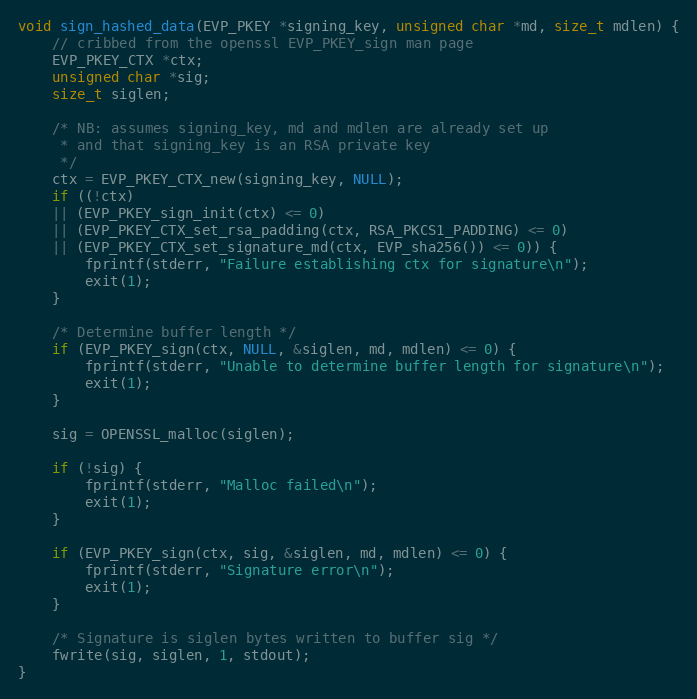
Language: C
void sign_hashed_data(EVP_PKEY *signing_key, unsigned char *md, size_t mdlen) {
	// cribbed from the openssl EVP_PKEY_sign man page
	EVP_PKEY_CTX *ctx;
	unsigned char *sig;
	size_t siglen;

	/* NB: assumes signing_key, md and mdlen are already set up
	 * and that signing_key is an RSA private key
	 */
	ctx = EVP_PKEY_CTX_new(signing_key, NULL);
	if ((!ctx)
	|| (EVP_PKEY_sign_init(ctx) <= 0)
	|| (EVP_PKEY_CTX_set_rsa_padding(ctx, RSA_PKCS1_PADDING) <= 0)
	|| (EVP_PKEY_CTX_set_signature_md(ctx, EVP_sha256()) <= 0)) {
		fprintf(stderr, "Failure establishing ctx for signature\n");
		exit(1);
	}

	/* Determine buffer length */
	if (EVP_PKEY_sign(ctx, NULL, &siglen, md, mdlen) <= 0) {
		fprintf(stderr, "Unable to determine buffer length for signature\n");
		exit(1);
	}

	sig = OPENSSL_malloc(siglen);

	if (!sig) {
		fprintf(stderr, "Malloc failed\n");
		exit(1);
	}

	if (EVP_PKEY_sign(ctx, sig, &siglen, md, mdlen) <= 0) {
		fprintf(stderr, "Signature error\n");
		exit(1);
	}

	/* Signature is siglen bytes written to buffer sig */
	fwrite(sig, siglen, 1, stdout);
}